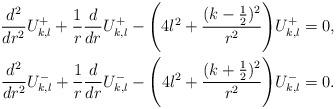
LaTeX: \begin{align*}\frac{d^2}{dr^2}U^+_{k,l}+\frac{1}{r}\frac{d}{dr}U^+_{k,l} -\Bigg(4l^2+\frac{(k-\frac{1}{2})^2}{r^2}\Bigg)U^+_{k,l}=0,\\\frac{d^2}{dr^2}U^-_{k,l}+\frac{1}{r}\frac{d}{dr}U^-_{k,l} -\Bigg(4l^2+\frac{(k+\frac{1}{2})^2}{r^2}\Bigg)U_{k,l}^-=0.\end{align*}